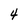
Character: 4